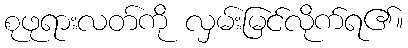
စုဖုရားလတ်ကို လှမ်းမြင်လိုက်ရ၏။